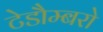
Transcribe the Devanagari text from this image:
टेडौम्बरो